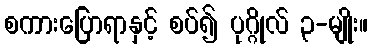
စကားပြောရာနှင့် စပ်၍ ပုဂ္ဂိုလ် ၃-မျိုး။